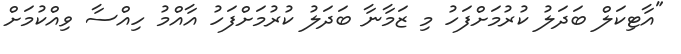
"އާޓިކަލް ބަދަލު ކުރުމަށްފަހު މި ޒަމާނާ ބަދަލު ކުރުމަށްފަހު އާއްމު ހިއްސާ ވިއްކުމަށް